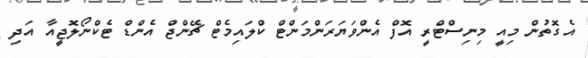
އެގޮތުން މިއީ މިނިސްޓްރީ އޮފް އެންވަޔަރަންމަންޓް ކްލައިމެޓް ޗޭންޖް އެންޑް ޓެކްނޯލޮޖީއާ އަދި